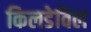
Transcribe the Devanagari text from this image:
किलडेविल